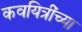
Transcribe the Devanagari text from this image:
कवयित्रींच्या